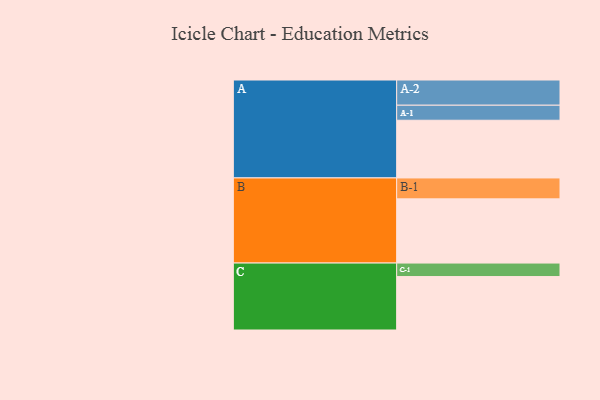
{"axis": {"x": "Segment", "y": "Value"}, "legend": ["", "A", "B", "C"], "data": [{"x": "A", "y": 499, "type": ""}, {"x": "B", "y": 555, "type": ""}, {"x": "C", "y": 462, "type": ""}, {"x": "A-1", "y": 130, "type": "A"}, {"x": "A-2", "y": 218, "type": "A"}, {"x": "B-1", "y": 181, "type": "B"}, {"x": "C-1", "y": 117, "type": "C"}]}